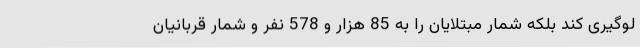
لوگیری کند بلکه شمار مبتلایان را به 85 هزار و 578 نفر و شمار قربانیان